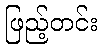
ဖြည့်တင်း